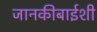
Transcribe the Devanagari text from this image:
जानकीबाईशी